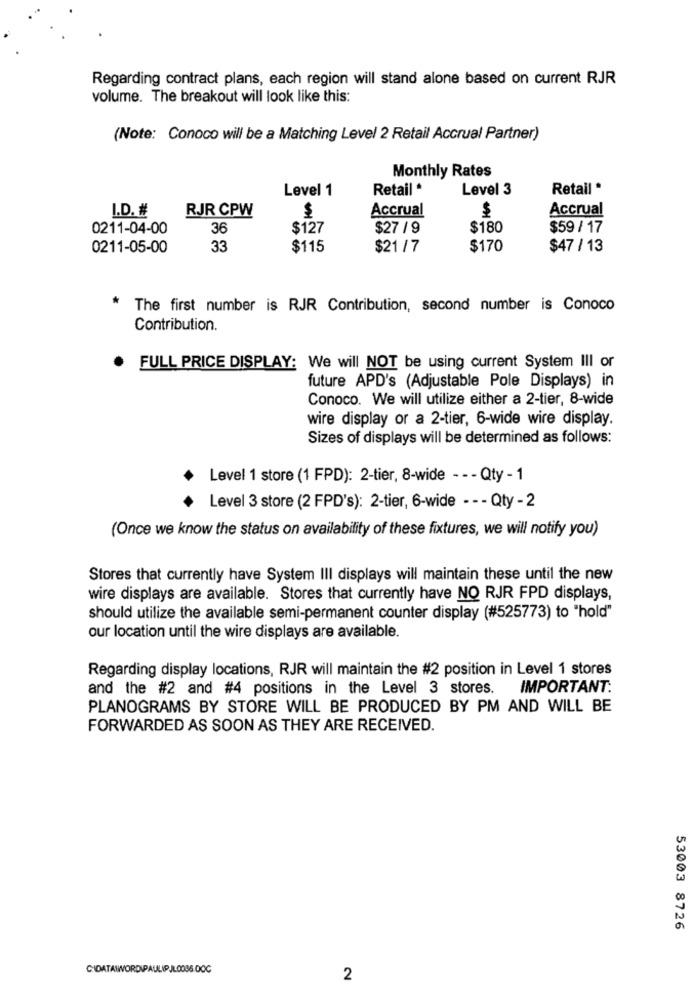
Regarding contract plans, each region will stand alone based on current RJR
volume. The breakout will look like this:
(Note: Conoco will be a Matching Level 2 Retail Accrual Partner)
Monthly Rates
Level 1
Retail *
Level 3
Retail *
I.D. #
RJR CPW
$
Accrual
$
Accrual
0211-04-00
36
$127
$27 /9
$180
$59/ 17
0211-05-00
33
$115
$21 /7
$170
$47 / 13
The first number is RJR Contribution, second number is Conoco
Contribution.
FULL PRICE DISPLAY: We will NOT be using current System III or
future APD's (Adjustable Pole Displays) in
Conoco. We will utilize either a 2-tier, 8-wide
wire display or a 2-tier, 6-wide wire display.
Sizes of displays will be determined as follows:
Level 1 store (1 FPD): 2-tier, 8-wide - - - Qty - 1
Level 3 store (2 FPD's): 2-tier, 6-wide - - - Qty - 2
(Once we know the status on availability of these fixtures, we will notify you)
Stores that currently have System III displays will maintain these until the new
wire displays are available. Stores that currently have NO RJR FPD displays,
should utilize the available semi-permanent counter display (#525773) to "hold"
our location until the wire displays are available.
Regarding display locations, RJR will maintain the #2 position in Level 1 stores
and the #2 and #4 positions in the Level 3 stores. IMPORTANT:
PLANOGRAMS BY STORE WILL BE PRODUCED BY PM AND WILL BE
FORWARDED AS SOON AS THEY ARE RECEIVED.
53003 8726
CIDATAWWVORDIPAULIPJLDOS6.DOC
2